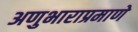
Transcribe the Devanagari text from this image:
अणुभाराप्रमाणे